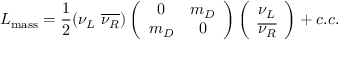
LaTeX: { \cal L } _ { \mathrm { m a s s } } = \frac { 1 } { 2 } ( \nu _ { L } \ \overline { { { \nu _ { R } } } } ) \left( \begin{array} { c c } { { 0 } } & { { m _ { D } } } \\ { { m _ { D } } } & { { 0 } } \end{array} \right) \left( \begin{array} { c } { { \nu _ { L } } } \\ { { \overline { { { \nu _ { R } } } } } } \end{array} \right) + c . c .